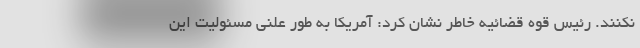
نکنند. رئیس قوه قضائیه خاطر نشان کرد: آمریکا به طور علنی مسئولیت این